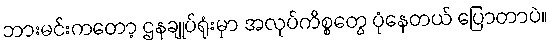
ဘားမင်းကတော့ ဌနချုပ်ရုံးမှာ အလုပ်ကိစ္စတွေ ပုံနေတယ် ပြောတာပဲ။